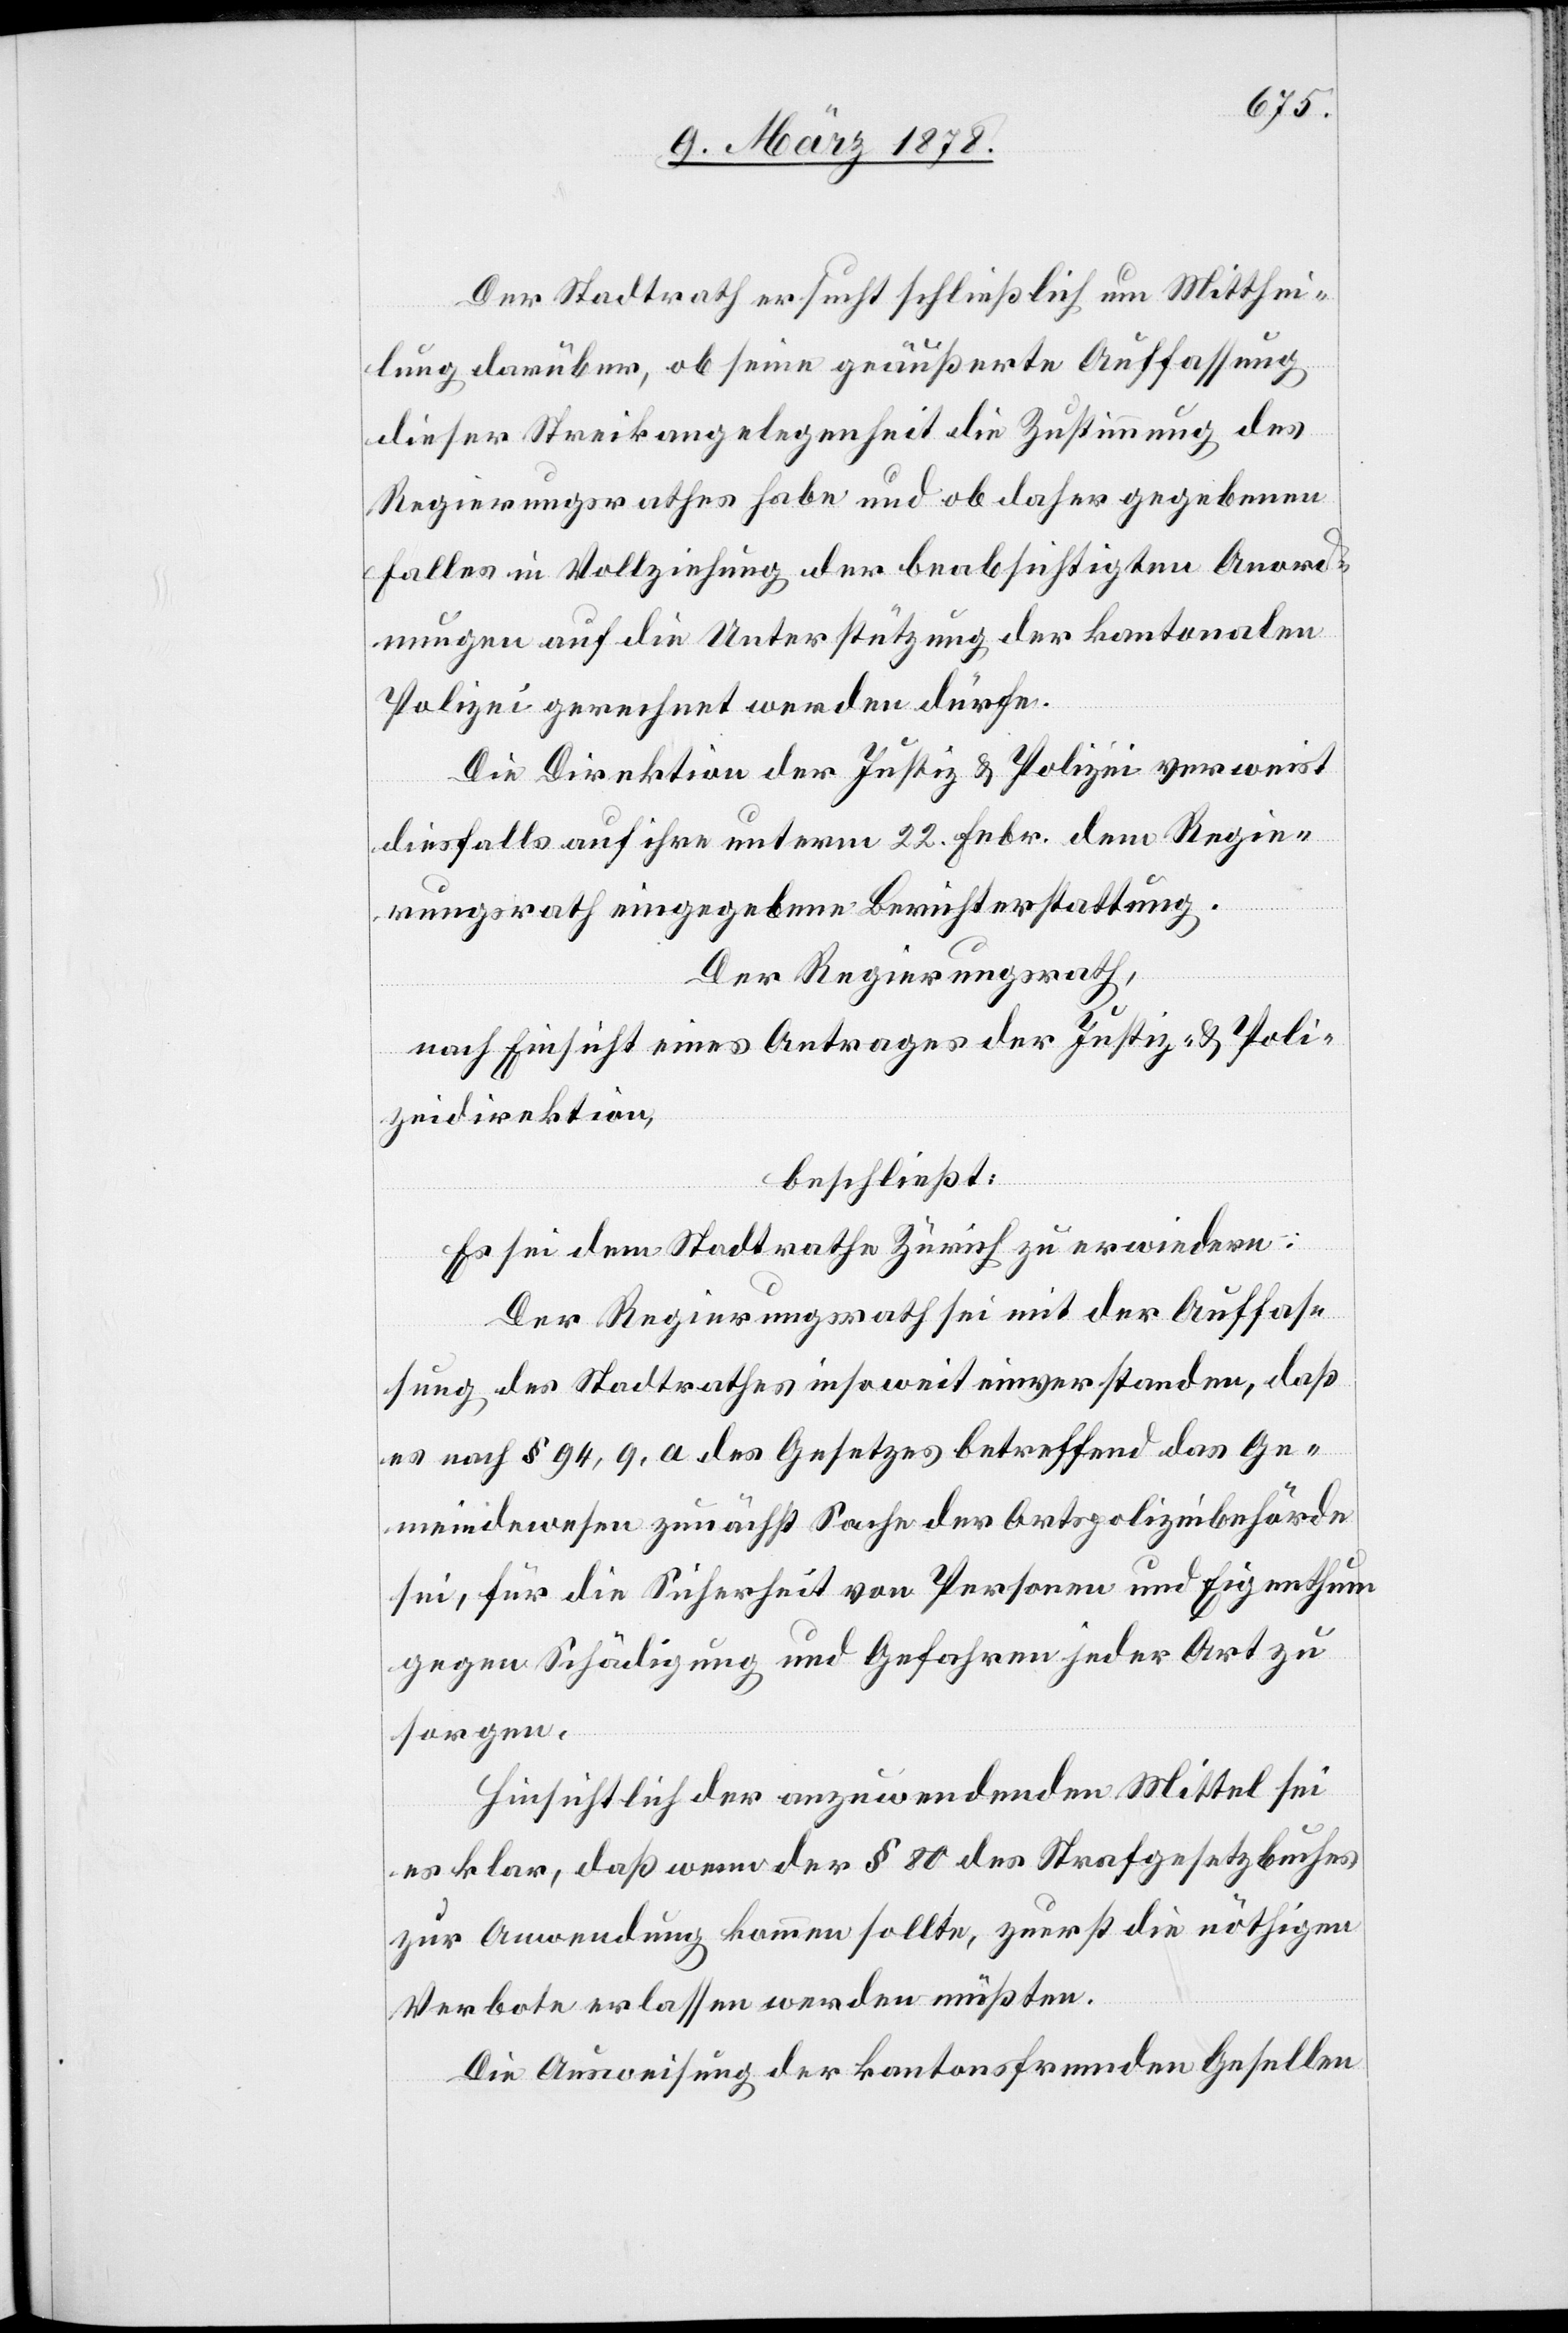
Der Stadtrath ersucht schließlich um Mitthei¬
lung darüber, ob seine geäußerte Auffassung
dieser Streikangelegenheit die Zustimmung des
Regierungsrathes habe und ob daher gegebenen
Falles in Vollziehung der beabsichtigten Anord¬
nungen auf die Unterstützung der kantonalen
Polizei gerechnet werden dürfe.
Die Direktion der Justiz & Polizei verweist
diesfalls auf ihre unterm 22. Febr. dem Regie¬
rungsrath eingegebene Berichterstattung.
Der Regierungsrath,
nach Einsicht eines Antrages der Justiz- & Poli¬
zeidirektion,
beschließt:
Es sei dem Stadtrathe Zürich zu erwiedern:
Der Regierungsrath sei mit der Auffas¬
sung des Stadtrathes insoweit einverstanden, daß
es nach § 94, 9.a des Gesetzes betreffend das Ge¬
meindewesen zunächst Sache der Ortspolizeibehörde
sei, für die Sicherheit von Personen und Eigenthum
gegen Schädigung und Gefahren jeder Art zu
sorgen.
Hinsichtlich der anzuwendenden Mittel sei
es klar, daß wenn der § 80 des Strafgesetzbuches
zur Anwendung kommen sollte, zuerst die nöthigen
Verbote erlassen werden müßten.
Die Ausweisung der kantonsfremden Gesellen